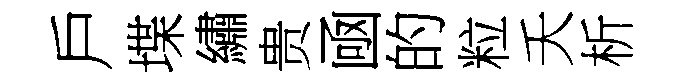
戶堞繡贵凾的粒夭析